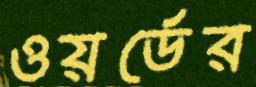
ওয়র্ডের